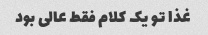
غذا تو یک کلام فقط عالی بود